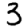
Digit: 3